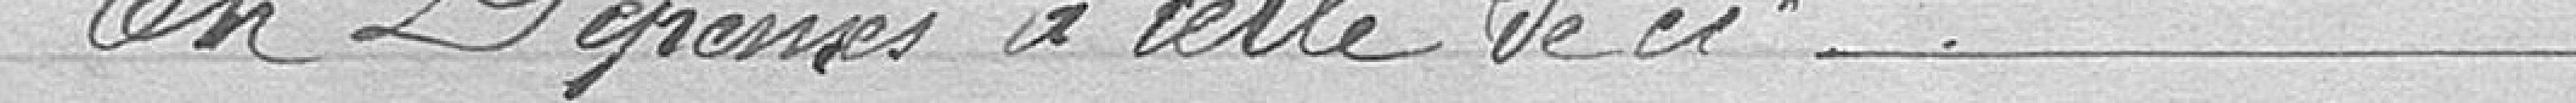
En Dépenses à celle de ci